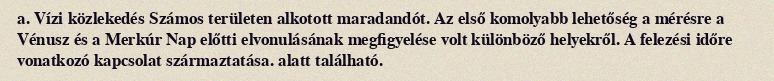
a. Vízi közlekedés Számos területen alkotott maradandót. Az első komolyabb lehetőség a mérésre a Vénusz és a Merkúr Nap előtti elvonulásának megfigyelése volt különböző helyekről. A felezési időre vonatkozó kapcsolat származtatása. alatt található.